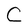
Character: C